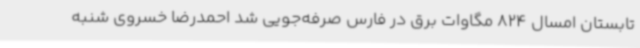
تابستان امسال 824 مگاوات برق در فارس صرفه‌جویی شد احمدرضا خسروی شنبه